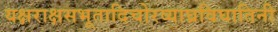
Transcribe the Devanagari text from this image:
यक्षराक्षसभूतादिचोरव्याघ्रविघातिनी